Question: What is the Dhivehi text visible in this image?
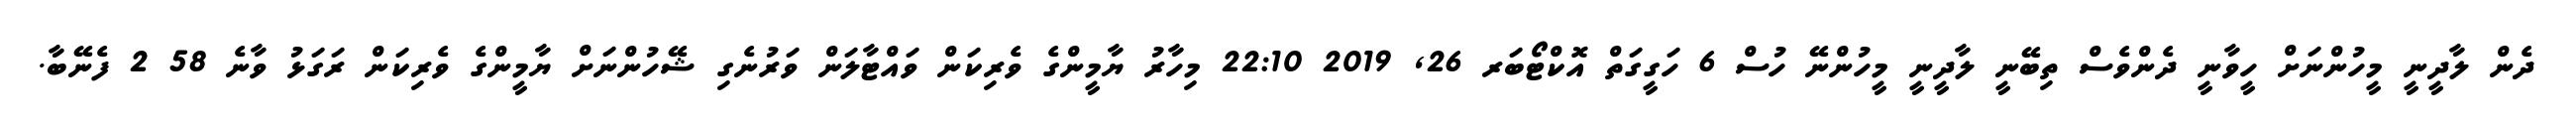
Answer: ދެން ލާދީނީ މީހުންނަށް ހީވާނީ ދެންވެސް ތިބޭނީ ލާދީނީ މީހުންނޭ ހުސް 6 ހަގީގަތް އޮކްޓޯބަރ 26, 2019 22:10 މިހާރު ޔާމީންގެ ވެރިކަން ވައްޓާލަން ވަރުނެގި ޝޭހުންނަށް ޔާމީންގެ ވެރިކަން ރަގަޅު ވާނެ 58 2 ފެނޭބާ.